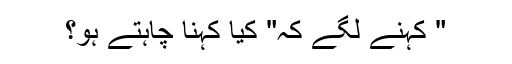
" کہنے لگے کہ" کیا کہنا چاہتے ہو؟